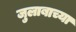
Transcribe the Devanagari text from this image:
जुलाबाच्या